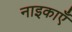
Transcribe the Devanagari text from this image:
नाइकाएँ